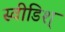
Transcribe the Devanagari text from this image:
स्वीडिश्